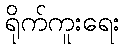
ရိုက်ကူးရေး